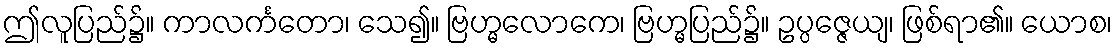
ဤလူပြည်၌။ ကာလင်္ကတော၊ သေ၍။ ဗြဟ္မလောကေ၊ ဗြဟ္မပြည်၌။ ဥပ္ပဇ္ဇေယျ၊ ဖြစ်ရာ၏။ ယောစ၊